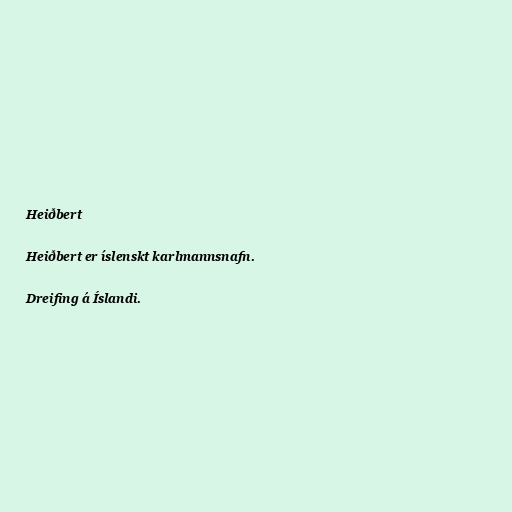
Heiðbert

Heiðbert er íslenskt karlmannsnafn.

Dreifing á Íslandi.